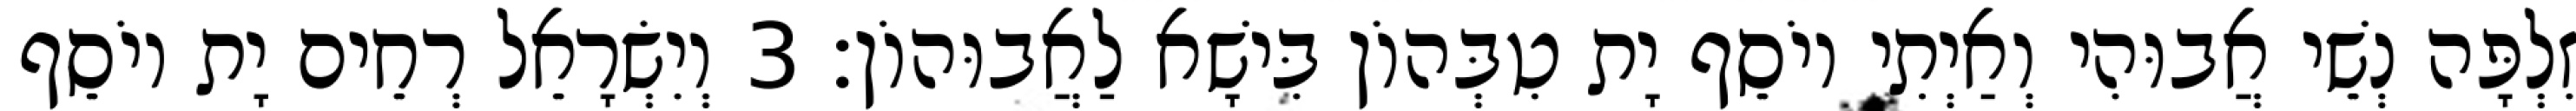
זִלְפָּה נְשֵׁי אֲבוּהִי וְאַיְתִי יוֹסֵף יָת טִבְּהוֹן בִּישָׁא לַאֲבוּהוֹן׃ 3 וְיִשְׂרָאֵל רְחֵים יָת יוֹסֵף